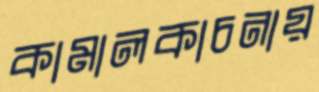
কামালকাচনায়